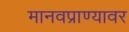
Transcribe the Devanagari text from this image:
मानवप्राण्यावर